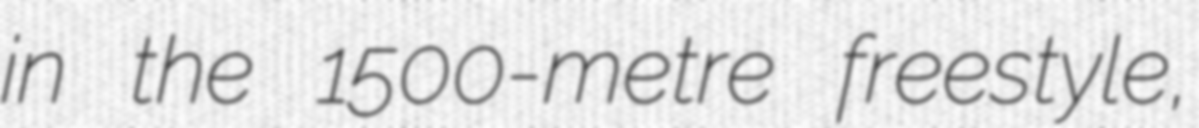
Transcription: in the 1500-metre freestyle,